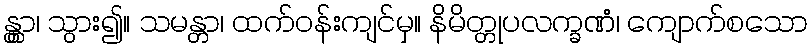
န္တွာ၊ သွား၍။ သမန္တာ၊ ထက်ဝန်းကျင်မှ။ နိမိတ္တုပလက္ခဏံ၊ ကျောက်စသော